Vital statistics of India. Vol. IV, Annual returns from 1871 to 1876. British Army of India, Native Army and jails of Bengal
Year: 1871
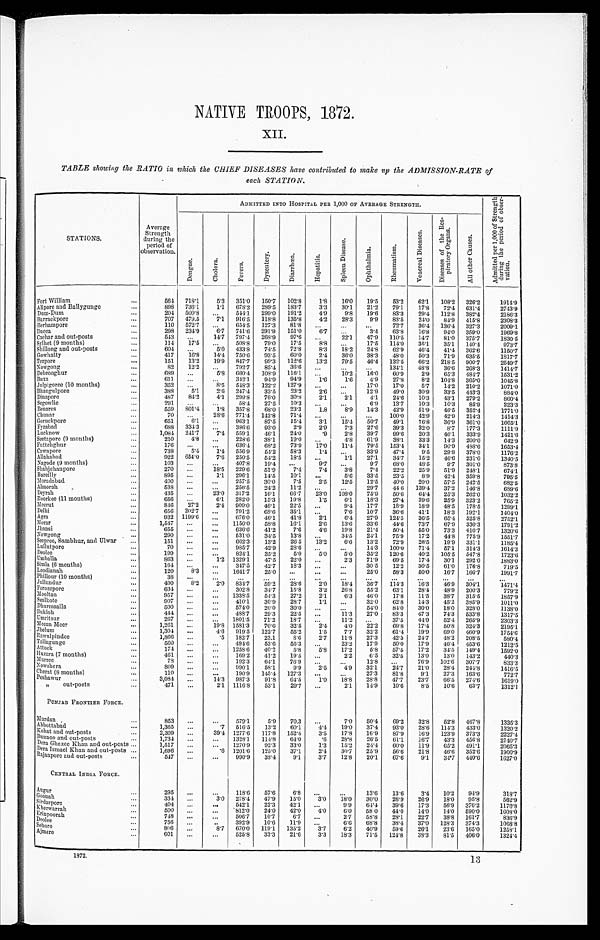
NATIVE TROOPS, 1872.
XII.
TABLE showing the RATIO in which the CHIEF DISEASES have contributed to make up the ADMISSION-RATE of
each STATION.
STATIONS.
Average
Strength
during the
period of
observation.
ADMITTED INTO HOSPITAL PER. 1,000 OF AVERAGE STRENGTH.
A d m i t t e d p e r 1 , 0 0 0 o f S t r e n g t h d u r i n g t h e p e r i o d o f o b s e r - v a t i o n .
Dengue.
C h o l e r a .
F e v e r s .
D y s e n t e r y .
D i a r r h œ a .
H e p a t i t i s .
S p l e e n D i s e a s e .
O p h t h a l m i a .
R h e u m a t i s m .
V e n e r e a l D i s e a s e s .
D i s e a s e s o f t h e R e s - p i r a t o r y O r g a n s .
A l l o t h e r C a u s e s .
Fort William . . .
564 718.1
5.3 351.0
1 5 0 . 7
102.8
1.8 16.0 19.5
53.2
62.1 108.2 326.2
1914.9
898 736.1
1.1 678.2 289.5 183.7
3.3
30.1
21.2
79.1
17.8 72.4 631.4
2743.9
Alipore and Ballygunge . . .
204 509.8
. . .
544.1 299.0 191.2
4.9
9.8 19.6
83.3 29.4 112.8 382.4
2186.3
Dum-Dum . . .
707 479.5
7.1 916.5 118.8 135.8
4.2 28.3
9.9
83.5
24.0
84.9 415.8
2308.3
Barrackpore . . .
110 572.7
. . .
654.5 127.3 81.8
. . .
. . .
. . .
72.7 36.4 136.4 327.3
2009.1
Berhampore . . .
298 234.9
6 . 7 741.6 291.9 151.0
6.7
. . .
3.4 63.8
16.8
9 4 . 0 359.0
1969.8
Dacca . . .
543
. . .
14.7 797.4 268.9
97.6
. . . 22.1
47.9 110.5
14.7
81.0 375.7
1830.5
Cachar and out-posts . . .
114
17. 5
. . .
508.8
79.0 17.5
8 . 8
. . . 17.5 114.0
35.1 35.1 140.4
973.7
Sylhet (9 months) . . .
604
. . . 5.0 433.8 74.5
72.8
8.3
18.2
24.8 62.9 46.4 41.4 362.6
1150.7
Shillong and out-posts . . .
417
16.8 14.4 750.6
93.5
60.0
2.4 36.0
38.3 48.0 50.3
71.9 635.5
1817.7
Gowhatty . . .
151
13.2
19.9 847.7 99.3 112.6
13.2 79.5
46.4 132.5
6 6 . 2 218.5
9 0 0 . 7
2549.7
Tezpore . . .
82
12.2
. . . 792.7 85.4 36.6
. . .
. . .
. . . 134.1
4 8 . 8 36.6 268.3
1414.7
Nowgong . . .
689
. . .
5 . 8
660.4 108.9 116.1
. . . 10.2
16.0
60.9
2.9 65.3 484.7
1531.2
Debrooghur . . .
611
. . .
. . .
342.1
94.9
94.9
1.6
1.6
4.9 27.8
8.2 104.8 365.0
1045.8
B u x a . . .
3 5 2 . . .
8.5 548.3 122.2 127.9
. . .
. . . 17.0
17.0
5.7
14.2 210.2
1071.0
Julpigoree (10 months) . . .
3 8 8
5.1
2.6 247.4 33.5
23.2
2.6
. . . 12.9
49.0 30.9 33.5 443.3
884.0
Bhaugulpore . . .
487
84.2
4.1 299.8 76.0
30.8
2.1
2.1
4 . 1
2 4 . 6
1 0 . 3
4 3 . 1
2 7 9 . 2
8 6 0 . 4
Dinapore . . .
Segowlie . . .
291 . . .
. . .
58.4 27.5
10.3
. . .
. . .
6 . 9
1 3 . 7
1 0 . 3
1 0 . 3
8 5 . 9
2 2 3 . 3
559 801.4
1.8 357.8 68.0 23.3
1 . 8
8 . 9 14.3
42.9 51.9
4 6 . 5
3 5 2 . 4
1 7 7 1 . 0
Benares . . .
70
. . .
28.6 771.4 142.8 71.4
. . .
. . .
. . .
100.0 42.9
42.9 214.3
1414.3
Chunar . . .
651
6 . 1 . . .
963.1
87.5
15.4
3.1
15.4 50.7
49.1
7 6 . 8
3 6 . 9
3 6 1 . 0
1 6 6 5 . 1
Goruckpore . . .
Fyzabad . . .
688 334.3
. . .
386.6
93.0
2.9
2.9
7.3
27.6
39.3
3 2 . 0
8 . 7
1 7 7 . 3
1 1 1 1 . 9
1,084 241.7
7.4 559.1
46.1
24.0
.9
2.8
39.7
99.6 20.3 46.1
3 3 3 . 9
1 4 2 1 . 6
Lucknow . . .
210
4.8
. . .
228.6
38.1
19.0
. . .
4.8 61.9
38.1
33.3
1 4 . 3
2 0 0 . 0
6 4 2 . 9
Seetapore (9 months) . . .
176
. . .
. . .
636.4 68.2
73.9 17.0 11.4
79.5 153.4 34.1
9 0 . 9
4 8 8 . 6
1 6 5 3 . 4
Futtehghur . . .
738
5.4
1.4 556.9 54.2
58.3
1 . 4
. . . 33.9
47.4
9.5
29.8 378.0
1176.2
Cawnpore . . .
922 654.0
7.6 250.5
54.2 18.5
. . .
1 . 1 27.1
34.7
15.2
46.6 231.0
1 3 4 0 . 5
Allahabad . . .
Nagode (9 months) . . .
103
. . .
. . . 407.8
19.4
. . .
9 . 7
. . .
9.7 68.0 48.5
9.7 301.0
8 7 3 . 8
270
. . .
18.5 229.6 51.9
7.4
7.4
3.8
7.4
22.2 25.9
51.9 248.1
674.1
Shahjehanpore . . .
895
. . .
1 . 1 296.1
14.5
10.1
. . .
5.6
33.5
23.5
8 . 9
4 2 . 4
3 5 9 . 8
7 9 5 . 5
Bareilly . . .
Moradabad . . .
400
. . .
. . .
257.5
30.0
7.5
2.5 12.5
12.5
40.0
2 0 . 0 57. 5
2 4 2 . 5
6 8 2 . 5
538
. . .
. . . 256.5
24.2 11.2
. . .
. . . 29.7
44.6 139.4 37.2 146.8
689.6
Almorah . . .
435
. . . 23.0 317.2
16.1 66.7
23.0 108.0
75.9
50.6 64.4 25.3 262.0
1032.2
D e y r a h . . .
Roorkee (11 months) . . .
656
. . . 6.1 282.0 15.3 19.8
1.5
6.1
18.3
27.4 39.6 25.9 323.2
765.2
846
27.2
2.4 909.0 46.1
22.5
. . .
9.4
17.7 18.9 18.9
48.5 178.5
1299.1
Meerut . . .
656 202.7
. . .
791.2
68.6
35.1
. . .
7.6
10.7 36.6 41.1
18.3 192.1
1404.0
Delhi . . .
932 1199.6
. . . 676.0 46.1
41.8
2.1
6.4
27.9 124.5
36.5
65.4
5 2 5 . 8
2752.1
Agra . . .
Morar . . .
1,547
. . .
. . . 1150.0 58.8 16.1
2.6 13.6
33.6
44.6
73.7
67.9
3 3 0 . 3
1791.2
Jhansi . . .
655
. . .
. . . 638.6 41.2
7.6
4.6 19.8
21.4
50.4 55.0 73.3 410.7
1320.6
290
. . .
. . . 531.0
34.5
13.8
. . . 34.5
24.1 75.9 17.2
44.8 775.9
1551.7
Nowgong . . .
151
. . . . . .
662.3 13.2
26.5
13.2
6.6
13.2
72.9 26.5
19.9 331.1
1185.4
Seepree, Sambhur, and Ulwar . . .
Lullutpore . . .
70
. . .
. . . 985.7
42.9 28.6
. . .
. . . 14.3 100.0 71.4
57.1 314.3
1614.3
199
. . .
. . . 824.1
35.2
5.0
5.0
5.0
35.2 120.6
40.2 105.5 547.8
1723.6
Deolee . . . U m b a l l a . . .
863
. . .
1.2 1329.1
47.5
22.0
. . .
2.3
71.9
69.5 17.4 30.1 292.0
1883.0
Simla (6 months) . . .
164
. . .
. . . 347.5
42.7
18.3
. . .
. . . 30.5
12.2 30.5
61.0 176.8
719.5
Loodianah . . .
120
8.3
. . . 1641.7
25.0
. . .
. . .
. . . 25.0
58.3
50.0 16.7 166.7
1991.7
38
. . .
. . .
. . .
. . .
. . .
. . .
. . .
. . .
. . .
. . . . . .
. . .
. . .
Phillour (10 months) . . .
Jullundur . . .
490
8.2
2.0 834.7 59.2
28.6
2.0 18.4 36.7 114.3
16.3
4 6 . 9
3 0 4 . 1
1 4 7 1 . 4
Ferozepore . . .
634
. . .
. . . 302.8 34.7
15.8
3.2 26.8
55.2
63.1 28.4
4 8 . 9
2 0 0 . 3
7 7 9 . 2
957
. . .
. . . 1338.5
54.3 27.2
2.1
6.3
46.0 17.8 11.5
3 8 . 7
3 1 5 . 5
1857.9
Mooltan . . .
Sealkote . . .
907
. . .
. . . 410.1
30.9
28.7
1.1
. . . 32.0
62.8 14.3
4 5 . 2
3 8 5 . 9
1011.0
500
. . . . . .
574.0 20.0
30.0
. . .
. . . 54.0 84.0 30.0 18.0 328.0
1138.0
Dhurmsalla . . .
444
. . .
. . . 488.7
29.3
22.5
. . .
1 1 . 3 27.0
83.3
47.3
74.3 533.8
1317.5
Bukl oh . . .
267
. . .
. . . 1801.5
71.2
18.7
. . . 11.2
. . . 37.5
44.9 52.4 265.9
2303.3
Umristsur . . .
1,261
. . .
19.8 1581.3
70.6
32.5
2.4
4.0
22.2
69.8 17.4
50.8
3 2 4 . 3
2195.1
Meean Meer . . .
1,304
. . .
4.6 919.5 122.7
55.2
1.5
7.7
32.2
61.4
19.9
69.0
4 6 0 . 9
1754.6
Jhelum . . .
Rawulpindee . . .
1,866
. . .
.5 182.7 23.1
8.6
2.7
11.8
27.3
42.3 24.7
4 8 . 2
2 0 8 . 5
580.4
Tallagunge . . .
560
. . .
. . . 494.6 53.6
55.3
. . . 23.2
17.9
50.0 17.9
4 6 . 4
4 5 3 . 6
1212.5
174
. . .
. . . 1258.6
40.2
5.8
5.8 17.2
5.8
57.5
17.2
34.5 149.4
1592.0
Attock
. . .
Huzara (7 months) . . .
461
. . .
. . . 169.2
41.2
19.5
. . .
2.2
6.5
32.5
13.0
1 3 . 0
1 4 3 . 2
440.3
Murree . . .
78
. . .
. . . 192.3 64.1 76.9
. . .
. . .
12.8
. . . 76.9
1 0 2 . 6
3 0 7 . 7
833.3
Nowshera . . .
809
. . .
. . . 990.1
58.1
9.9
2.5
4.9 32.1
24.7 21.0 28.4
2 4 4 . 8
1416.5
Cherat (8 months) . . .
110
. . .
. . . 190.9 145.4 127.3
. . .
. . .
27.3 81.8
9.1
27.3
1 6 3 . 6
772.7
Peshawur . . .
3,084
. . .
14.3 987.3
91.8
64.5
1 . 0 18.8
28.8 47.7
23.7
66.5 274.6
1619.0
" out-posts . . .
471
. . .
2.1 1116.8 53.1
29.7
. . .
2.1
14.9
10.6
8.5
10.6 63.7
1312.1
PUNJAB FRONTIER FORCE.
Murdan . . .
853
. . .
. . . 579.1
5.9
70.3
. . .
7.0
50.4 69.2
32.8 52.8 467.8
1335.3
Abbottabad . . .
1,365
. . .
. 7 5 1 6 . 5 13.2
60.1
4 . 4 19.0
37.4
93.0
28.6
1 1 4 . 3
4 3 3 . 0
1 3 2 0 . 2
Kohat and out-posts . . .
2,309
. . .
39.4 1277.6 117.8 152.4
3.5
17.8
1 6 . 9
8 7 . 9
1 6 . 9
1 2 3 . 3
3 7 3 . 3
2 2 2 7 . 4
Bunnoo and out-posts . . .
1,734
. . .
. . . 1328.1 114.8
64.0
.6
28.8
2 6 . 5
61.1
1 6 . 7
4 3 . 3
4 5 6 . 8
2 1 4 0 . 7
Dera Ghazee Khan and out-posts . . .
1,517
. . .
. . . 1270.9
92.3
33.0
1.3
15.2
24.4
60.0
1 1 . 9
6 5 . 2
4 9 1 . 1
2 0 6 5 . 3
Dera Ismael Khan and out-posts . . .
1,696
. . .
. 6
1201.6 125.0
37.1
2.4
3 0 . 7
2 5 . 9
5 6 . 6
21.8
4 6 . 6
3 5 2 . 6
1 9 0 0 . 9
Rajanpore and out-posts . . .
547
. . .
. . . 990.9
38.4
9.1
3.7
1 2 . 8
2 0 . 1
67.6
9 . 1
3 4 . 7
4 4 0 . 6
1 6 2 7 . 0
CENTRAL INDIA FORCE.
Augur . . .
295
. . .
. . . 118.6
57.6
6.8
. . .
. . .
13.6
13.6
3.4 10.2 94.9
318.7
G o o n a h . . .
334
. . .
3.0 278.4 47.9
15.0
3.0 18.0
30.0
26.9
26.9
1 8 . 0
9 5 . 8
5 6 2 . 9
S i r d a r p o r e . . .
404
. . .
. . . 542.1
22.3 42.1
. . .
9 . 9 64.4
39.6
17.3
56.9
3 7 6 . 2
1 1 7 0 . 8
Kherwarrah . . .
500
. . .
. . . 812.0
24.0 42.0
4 . 0
6.0 58.0
44.0
14.0 14.0
5 9 0 . 0
1608.0
E r i n p o o r a h . . .
748
. . .
. . . 506.7
10.7
6.7
. . .
2.7 58.8
28.1 22.7
38.8
1 6 1 . 7
8 3 6 . 9
Deolee . . .
756
. . .
. . .392.9 10.6
11.9
. . .
6.6
68.8
38.4
3 7 . 0
1 2 8 . 3
3 7 4 . 3
1 0 6 8 . 8
Sehore . . .
806
. . .
8.7 670.0 119.1 135.2
3.7
6.2
40.9 59.6
2 6 . 1
2 3 . 6
1 6 5 . 0
1 2 5 8 . 1
Aj mer e . . .
601
. . .
. . . 525.8
33.3
21.6
3.3
18.3
71.5 124.8
3 8 . 3
8 1 . 5
4 0 6 . 0
1 3 2 4 . 4
1872.
13